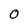
Character: 0